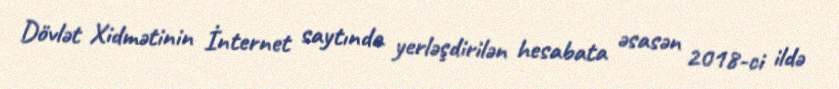
Dövlət Xidmətinin İnternet saytında yerləşdirilən hesabata əsasən 2018-ci ildə